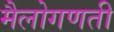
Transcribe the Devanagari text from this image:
मैलोगणती